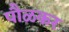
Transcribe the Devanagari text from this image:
पौळकर